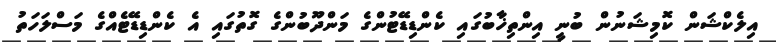
އިލެކްޝަން ކޮމިޝަނުން ބުނީ އިންތިޚާބުގައި ކެންޑިޑޭޓުންގެ މަންދޫބުންގެ ގޮތުގައި އެ ކެންޑިޑޭޓެއްގެ މަސްލަހަތު